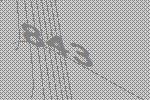
843